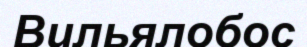
Вильялобос